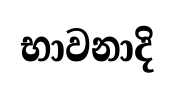
භාවනාදි